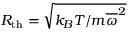
R _ { \mathrm { t h } } = \sqrt { k _ { B } T / m \overline { { \omega } } ^ { 2 } }